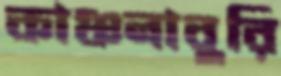
কাঞ্চনাবুরি